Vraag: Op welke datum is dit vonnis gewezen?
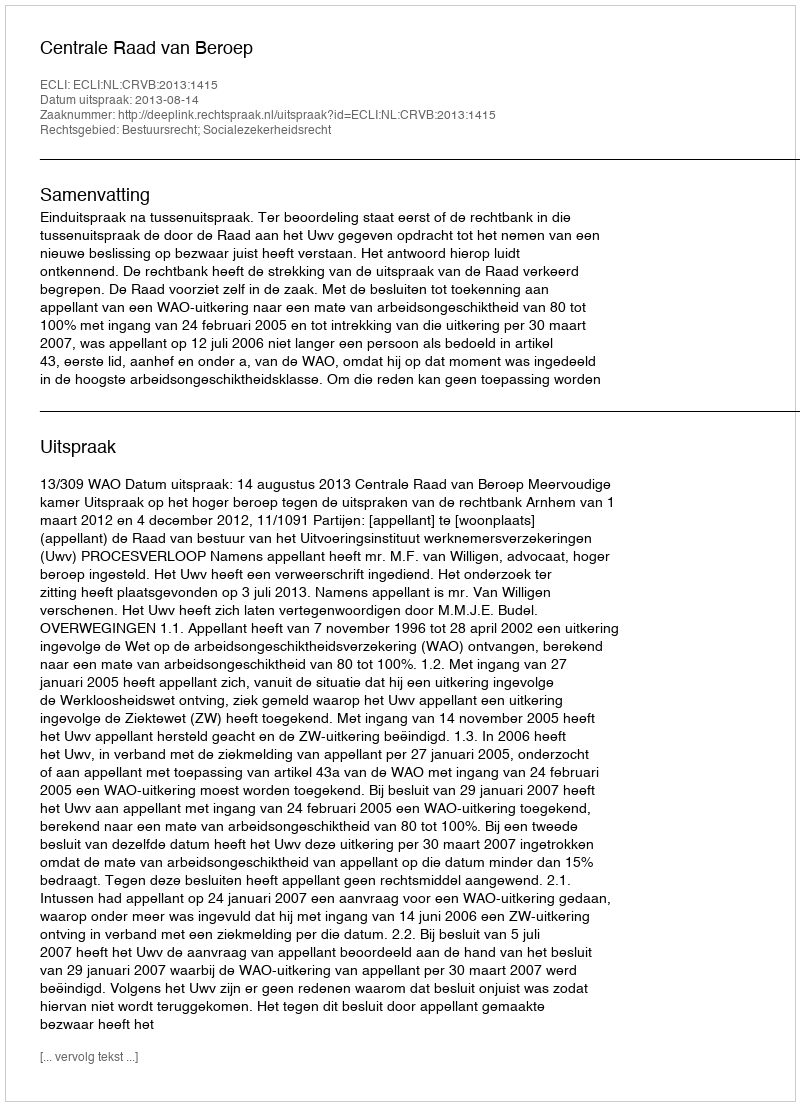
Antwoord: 2013-08-14